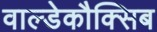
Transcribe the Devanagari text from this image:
वाल्डेकौक्सिब